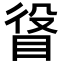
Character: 𥆛